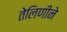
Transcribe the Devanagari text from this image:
तेलिणीने